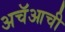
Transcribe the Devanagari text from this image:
अचॅआची